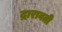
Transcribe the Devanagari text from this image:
द्रारावती